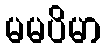
မမပိမာ